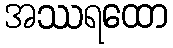
အဿရထော